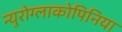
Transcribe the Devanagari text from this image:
न्युरोग्लाकोपिनिया